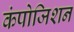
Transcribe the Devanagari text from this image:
कंपोजिशन